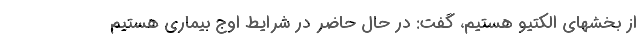
از بخشهای الکتیو هستیم، گفت: در حال حاضر در شرایط اوج بیماری هستیم